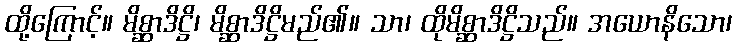
ထို့ကြောင့်။ မိစ္ဆာဒိဋ္ဌိ၊ မိစ္ဆာဒိဋ္ဌိမည်၏။ သာ၊ ထိုမိစ္ဆာဒိဋ္ဌိသည်။ အယောနိသော၊